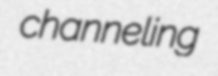
channeling